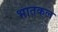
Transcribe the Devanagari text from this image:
भातकल